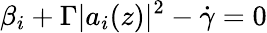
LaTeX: \beta_{i}+\Gamma|a_{i}(z)|^{2}-\dot{\gamma}=0